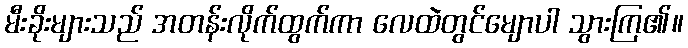
မီးခိုးများသည် အတန်းလိုက်ထွက်ကာ လေထဲတွင်မျောပါ သွားကြ၏။